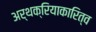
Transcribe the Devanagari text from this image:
अर्थक्रियाकारित्व